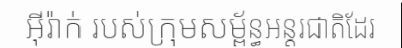
អ៊ីរ៉ាក់ របស់ក្រុមសម្ព័ន្ធអន្តរជាតិដែរ